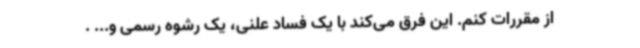
از مقررات کنم. این فرق می‌کند با یک فساد علنی، یک رشوه رسمی و... .